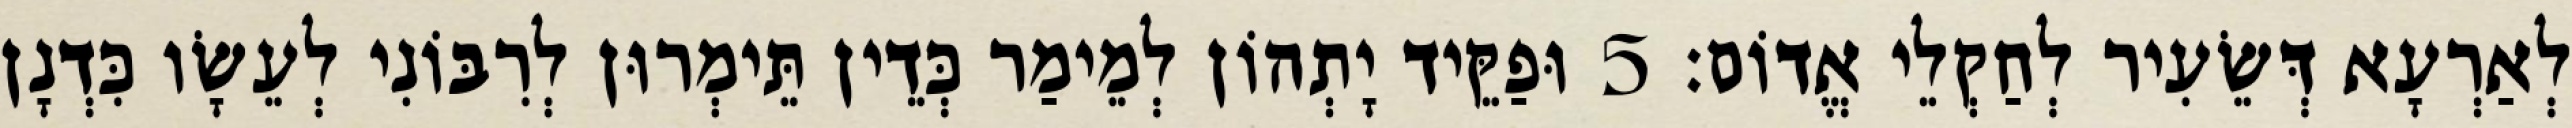
לְאַרְעָא דְּשֵׂעִיר לְחַקְלֵי אֱדוֹם׃ 5 וּפַקֵּיד יָתְהוֹן לְמֵימַר כְּדֵין תֵּימְרוּן לְרִבּוֹנִי לְעֵשָׂו כִּדְנָן